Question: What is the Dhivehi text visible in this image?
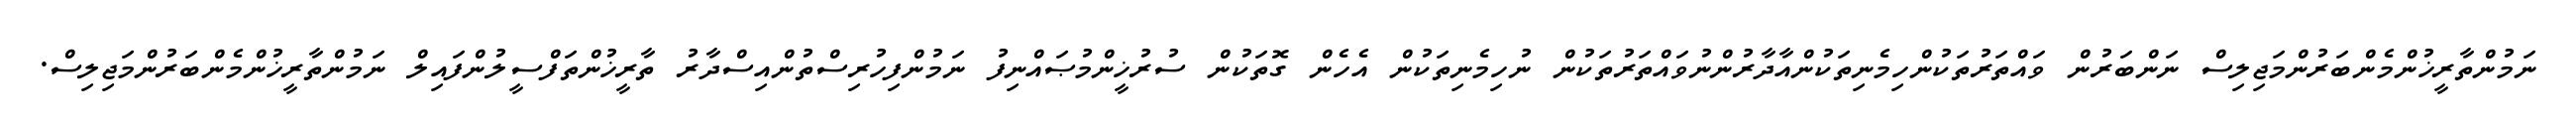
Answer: ނަމުންތާރީޚުންމެންބަރުންމަޖިލިސް ނަންބަރުން ވައްތަރުތަކުންހިމެނިތަކުންއާދާރުންނުވައްތަރުތަކުން ނުހިމެނިތަކުން އެހެން ގޮތަކުން ސުރުޚީންމުޞައްނިފު ނަމުންފިހުރިސްތުންއިސްދާރު ތާރީޚުންތަފްސީލުންފައިލް ނަމުންތާރީޚުންމެންބަރުންމަޖިލިސް.